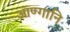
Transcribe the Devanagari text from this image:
आण्गानि